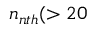
n _ { n t h } ( > 2 0